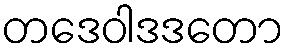
တဒေဝါဒဒတော